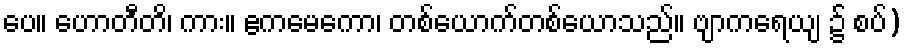
ပေ။ ဟောတီတိ၊ ကား။ ဧကမေကော၊ တစ်ယောက်တစ်ယောသည်။ ဗျာကရေယျ ၌ စပ်)